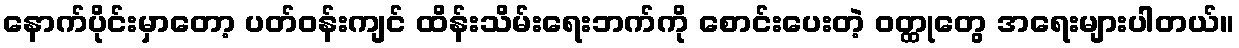
နောက်ပိုင်းမှာတော့ ပတ်ဝန်းကျင် ထိန်းသိမ်းရေးဘက်ကို စောင်းပေးတဲ့ ဝတ္ထုတွေ အရေးများပါတယ်။